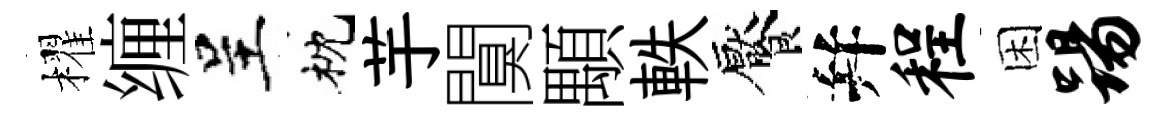
櫂缠呈枕芋闃顒軼饜幷程困踢